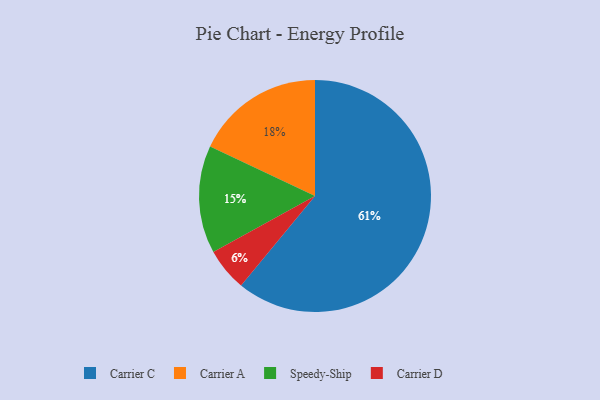
{"axis": {"x": "Category", "y": "Percentage"}, "legend": ["Carrier A", "Carrier C", "Carrier D", "Speedy-Ship"], "data": [{"x": "Carrier C", "y": 61, "type": "Carrier C"}, {"x": "Speedy-Ship", "y": 15, "type": "Speedy-Ship"}, {"x": "Carrier D", "y": 6, "type": "Carrier D"}, {"x": "Carrier A", "y": 18, "type": "Carrier A"}]}